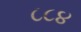
૮૮૪